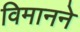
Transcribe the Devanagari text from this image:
विमानने